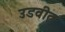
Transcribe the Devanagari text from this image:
उडवीत